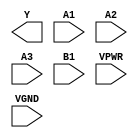
module sky130_fd_sc_hs__o31ai (
    Y   ,
    A1  ,
    A2  ,
    A3  ,
    B1  ,
    VPWR,
    VGND
);

    output Y   ;
    input  A1  ;
    input  A2  ;
    input  A3  ;
    input  B1  ;
    input  VPWR;
    input  VGND;
endmodule